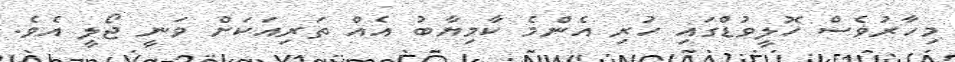
މިހާރުވެސް ހޮލީވުޑްގައި ހުރި އެންމެ ކާމިޔާބު އެއް ތަރިއަކަށް ވަނީ ޖޯލީ އެވެ.